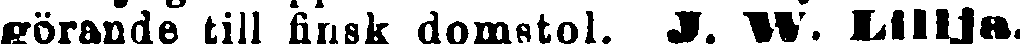
görande till finsk domstol. J. W. Lillja.